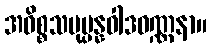
အဓိစ္စသမုပ္ပန္နဝါဒဝဏ္ဏနာ။